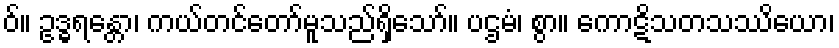
ဝ်။ ဥဒ္ဓရန္တော၊ ကယ်တင်တော်မူသည်ရှိသော်။ ပဌမံ၊ စွာ။ ကောဋိသတသဿိယော၊